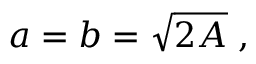
a = b = { \sqrt { 2 A } } \; ,